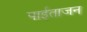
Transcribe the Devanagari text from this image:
पाईताजन